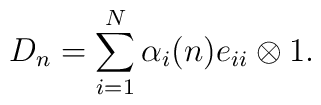
D_n=\sum_{i=1}^N\alpha_i(n)e_{ii}\otimes1.